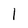
Character: 1